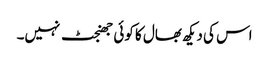
اس کی دیکھ بھال کا کوئی جھنجٹ نہیں۔